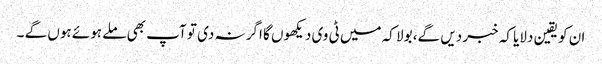
ان کو یقین دلایا کہ خبر دیں گے، بولا کہ میں ٹی وی دیکھوں گا اگر نہ دی تو آپ بھی ملے ہوئے ہوں گے ۔